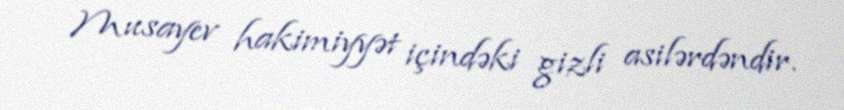
Musayev hakimiyyət içindəki gizli asilərdəndir.